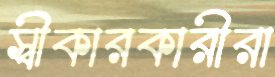
স্বীকারকারীরা